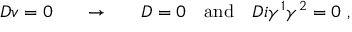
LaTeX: D v = 0 ~ ~ ~ ~ ~ \rightarrow ~ ~ ~ ~ ~ D = 0 ~ ~ ~ \mathrm { a n d } ~ ~ ~ D i \gamma ^ { 1 } \gamma ^ { 2 } = 0 ~ ,